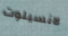
لانسيلوت